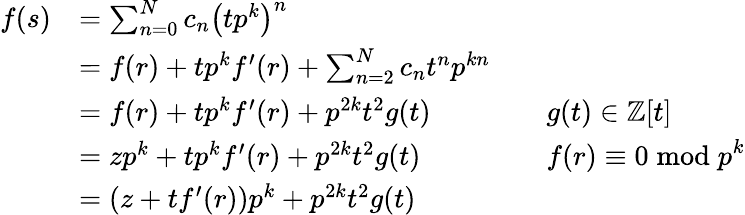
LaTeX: {\begin{array}{rlrl}{f(s)}&{=\sum_{n=0}^{N}c_{n}\left(tp^{k}\right)^{n}}\\ &{=f(r)+tp^{k}f^{\prime}(r)+\sum_{n=2}^{N}c_{n}t^{n}p^{kn}}\\ &{=f(r)+tp^{k}f^{\prime}(r)+p^{2k}t^{2}g(t)}&&{g(t)\in\mathbb{Z}[t]}\\ &{=zp^{k}+tp^{k}f^{\prime}(r)+p^{2k}t^{2}g(t)}&&{f(r)\equiv 0{\bmod{p}}^{k}}\\ &{=(z+tf^{\prime}(r))p^{k}+p^{2k}t^{2}g(t)}\end{array}}